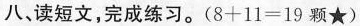
八，读短文，完成练习。($$8 + 1 1 - 1 9$$颗★)